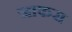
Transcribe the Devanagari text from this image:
जाफरा